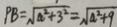
P B = \sqrt { a ^ { 2 } + 3 ^ { 2 } } = \sqrt { a ^ { 2 } + 9 }